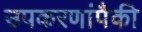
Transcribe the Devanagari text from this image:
उपकरणांपैकी